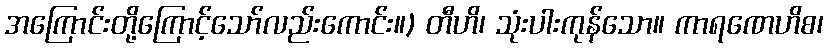
အကြောင်းတို့ကြောင့်သော်လည်းကောင်း။) တီဟိ၊ သုံးပါးကုန်သော။ ကာရဏေဟိစ၊